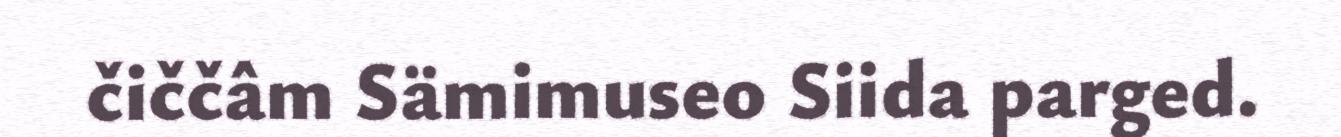
čiččâm Sämimuseo Siida parged.